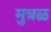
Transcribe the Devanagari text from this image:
मुत्रळ